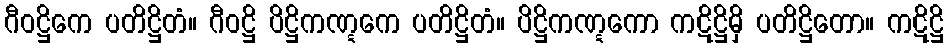
ဂီဝဋ္ဌိကေ ပတိဋ္ဌိတံ။ ဂီဝဋ္ဌိ ပိဋ္ဌိကဏ္ဋကေ ပတိဋ္ဌိတံ။ ပိဋ္ဌိကဏ္ဋကော ကဋိဋ္ဌိမှိ ပတိဋ္ဌိတော။ ကဋိဋ္ဌိ